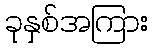
ခုနှစ်အကြား